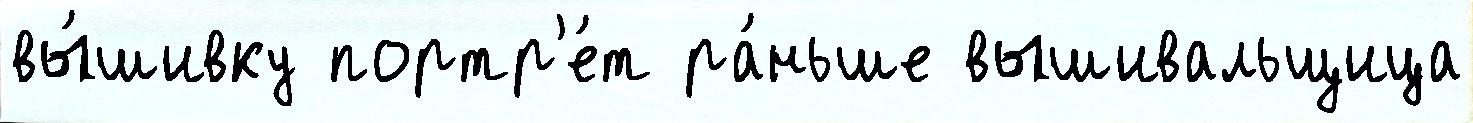
вы́шивку портр'е́т ра́ньше вышивальщица